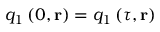
q _ { 1 } \left( 0 , \mathbf { r } \right) = q _ { 1 } \left( \tau , \mathbf { r } \right)